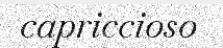
capriccioso